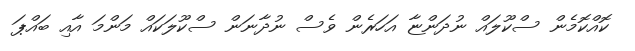
ކޮއްކޮމެން ސްކޫލައް ނުދަންޏާ އަހަރެން ވެސް ނުދާނަން ސްކޫލަކައް މަންމަ އާއި ބައްޕަ